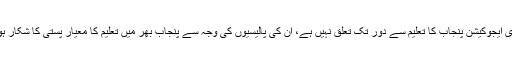
سیکرٹری ایجوکیشن پنجاب کا تعلیم سے دور تک تعلق نہیں ہے، ان کی پالیسیوں کی وجہ سے پنجاب بھر میں تعلیم کا معیار پستی کا شکار ہورہا ہے۔